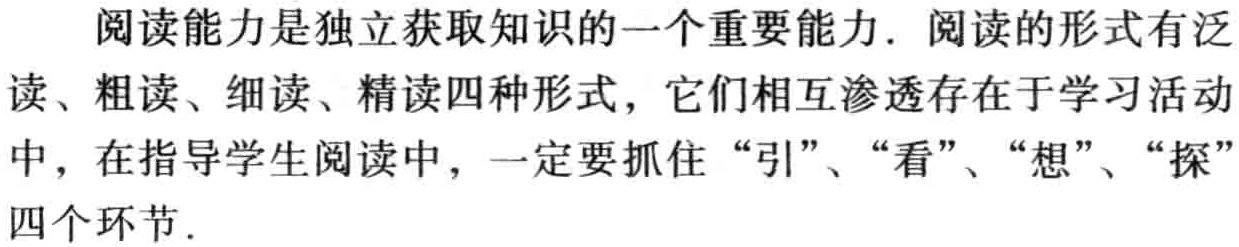
阅读能力是独立获取知识的一个重要能力. 阅读的形式有泛读、粗读、细读、精读四种形式，它们相互渗透存在于学习活动中，在指导学生阅读中，一定要抓住 “引”、“看”、“想”、“探”四个环节.